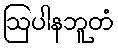
ဩပါနဘူတံ